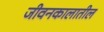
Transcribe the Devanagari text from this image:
जीवनकालातील